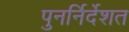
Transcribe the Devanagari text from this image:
पुनर्निर्देशत